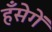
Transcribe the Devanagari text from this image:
हँसेगें